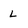
Character: l